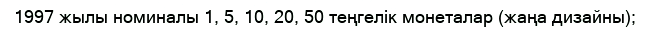
1997 жылы номиналы 1, 5, 10, 20, 50 теңгелік монеталар (жаңа дизайны);